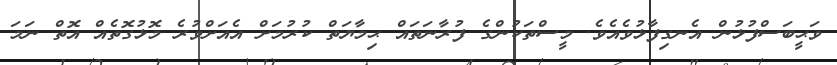
ވަޙީބަސްފުޅުން އެނގިފާޅުވެއެވެ. މީސްތަކުންގެ ފުރާނަތައް ޙިމާޔަތް ކުރުމަށް އެއަށްވުރެ މޮޅުގޮތެއް އޮތް ނަމަ